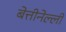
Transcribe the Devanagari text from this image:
बेत्तीनेल्ली